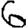
Digit: 6